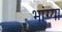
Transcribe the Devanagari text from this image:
भांग्या